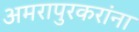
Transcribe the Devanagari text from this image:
अमरापुरकरांना